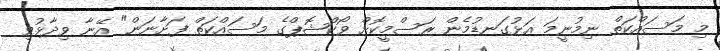
މި މަސައްކަތް ނިމުނީމަ އަޅުގަނޑުމެން ރަސްމީކޮށް ވޯކްޝޮޕްގެ މަސައްކަތް ފަށާނަން" އޭނާ ވިދާޅުވި